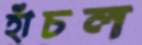
হাঁচল